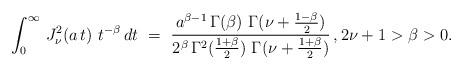
LaTeX: \begin{align*} \int_0^\infty\, J^2_\nu(a\, t)\ t^{-\beta}\, dt \ =\ \frac{a^{\beta-1}\, \Gamma(\beta)\ \Gamma(\nu +\frac{1-\beta}{2})}{2^\beta\, \Gamma^2(\frac{1+\beta}{2})\ \Gamma(\nu +\frac{1+\beta}{2})} \, , 2\nu+1 > \beta>0.\end{align*}